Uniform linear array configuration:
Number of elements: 16
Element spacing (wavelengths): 0.75
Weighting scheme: uniform
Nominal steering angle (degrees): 60
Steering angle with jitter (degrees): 61.15
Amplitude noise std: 0.05
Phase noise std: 0.05

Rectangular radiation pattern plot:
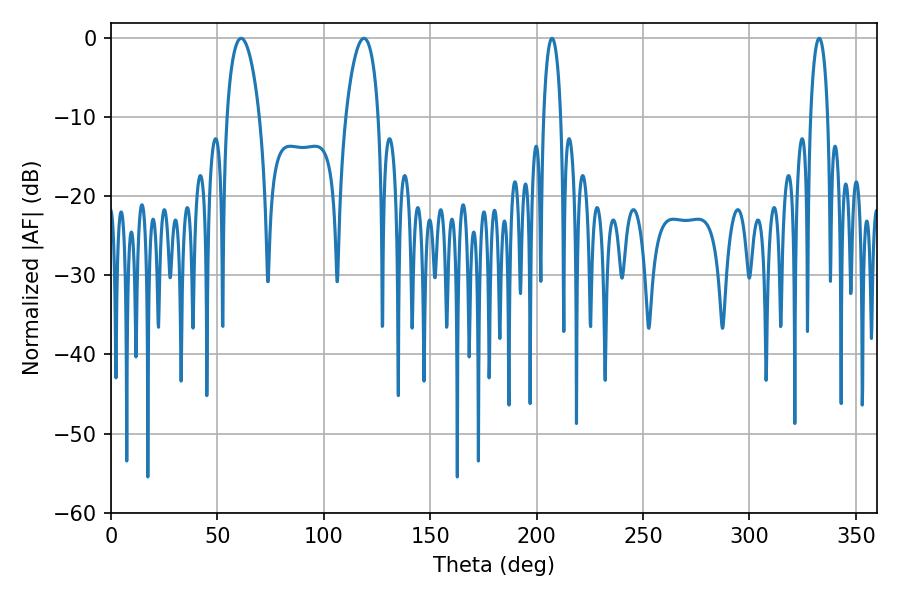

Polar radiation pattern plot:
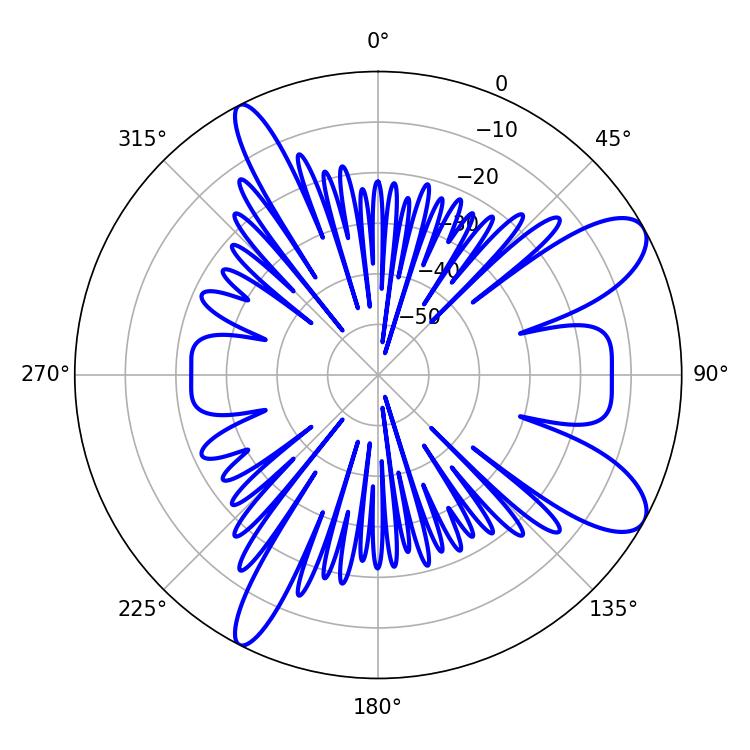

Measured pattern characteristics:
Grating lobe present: TRUE
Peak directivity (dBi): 9.631
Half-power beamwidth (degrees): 8.82
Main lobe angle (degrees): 61.2